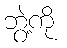
ဘွဲ့ကို